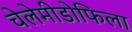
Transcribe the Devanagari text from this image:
चेलेमीडोफिला